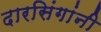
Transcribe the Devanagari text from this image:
दारसिंगांनी